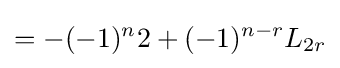
=-(-1)^{n}2+(-1)^{n-r}L_{2r}